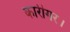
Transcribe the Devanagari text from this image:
कारीगर।